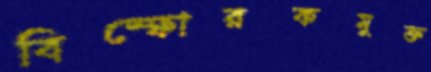
বিস্ফোরকমুক্ত